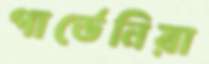
গার্ডেনিয়া